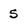
Character: 5